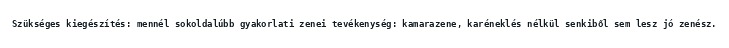
Szükséges kiegészítés: mennél sokoldalúbb gyakorlati zenei tevékenység: kamarazene, karéneklés nélkül senkiből sem lesz jó zenész.